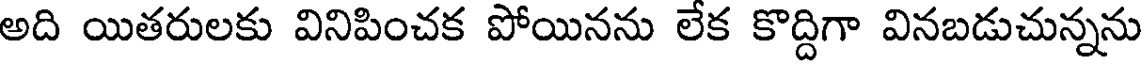
అది యితరులకు వినిపించక పోయినను లేక కొద్దిగా వినబడుచున్నను